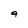
Character: 9